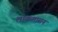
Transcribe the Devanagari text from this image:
लोकशासन